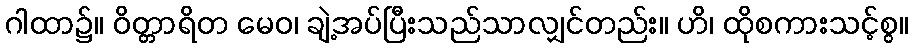
ဂါထာ၌။ ဝိတ္တာရိတ မေဝ၊ ချဲ့အပ်ပြီးသည်သာလျှင်တည်း။ ဟိ၊ ထိုစကားသင့်စွ။